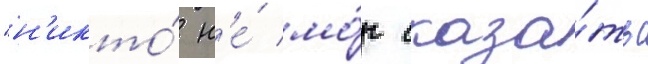
"н'икто́ н'е́ мо́г сказа́ть